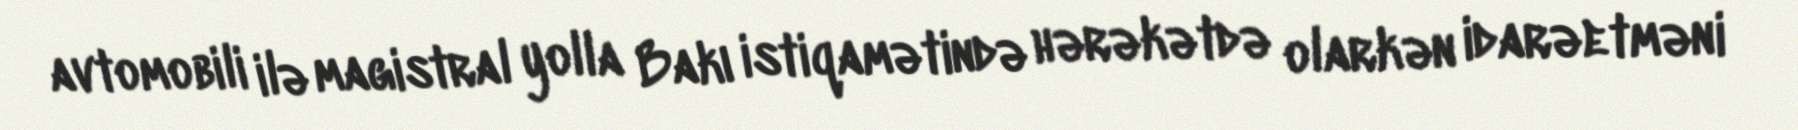
avtomobili ilə magistral yolla Bakı istiqamətində hərəkətdə olarkən idarəetməni